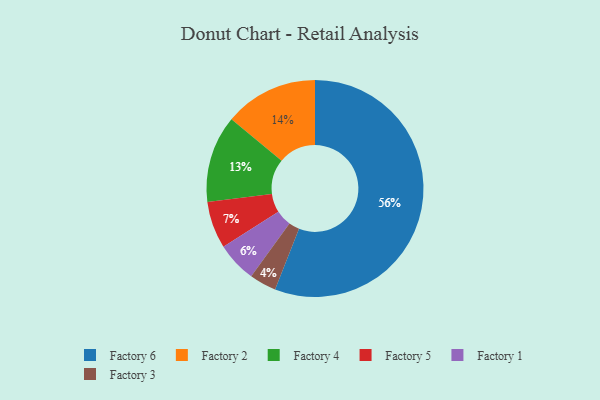
{"axis": {"x": "Category", "y": "Percentage"}, "legend": ["Factory 1", "Factory 2", "Factory 3", "Factory 4", "Factory 5", "Factory 6"], "data": [{"x": "Factory 3", "y": 4, "type": "Factory 3"}, {"x": "Factory 5", "y": 7, "type": "Factory 5"}, {"x": "Factory 6", "y": 56, "type": "Factory 6"}, {"x": "Factory 1", "y": 6, "type": "Factory 1"}, {"x": "Factory 2", "y": 14, "type": "Factory 2"}, {"x": "Factory 4", "y": 13, "type": "Factory 4"}]}